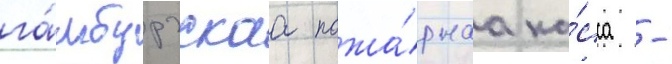
га́мбургскаа пожа́рнаа ка́сса -